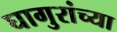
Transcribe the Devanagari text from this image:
घागुरांच्या